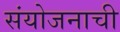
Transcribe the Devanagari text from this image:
संयोजनाची